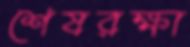
শেষরক্ষা